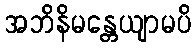
အဘိနိမန္တေယျာမပိ